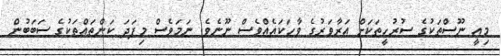
މިއީ ނޫސްތަކުގެ ސުރުހީތަކަށް އަރާވަރުގެ ވާހަކައެއްވެސް ނޫނެވެ. ނަމަވެސް މިފަދަ ކަންތައްތަކުގެ ސަބަބުން